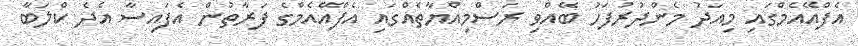
އެފްއޭއެމްގައި މިއަދު މެންދުރުފަހު ބޭއްވި ރަސްމިއްޔާތެއްގައި އެފްއޭއެމްގެ ފަރާތުން އެފައިސާ އެދެ ކްލަބާ